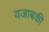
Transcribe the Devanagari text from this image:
वजाबकी